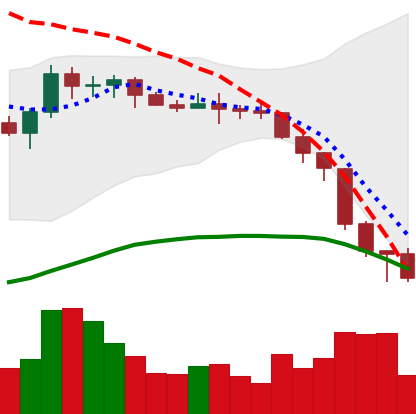
Ticker: XMR-USD
Chart end date: 2022-06-16
Forward return: 11.609%
Label: up_7plus